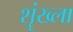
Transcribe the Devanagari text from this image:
शॄंख्ला